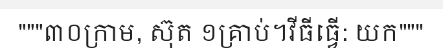
"""៣០ក្រាម, ស៊ុត ១គ្រាប់។វីធីធ្វើ: យក"""